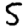
Digit: 5